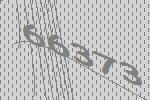
66373